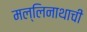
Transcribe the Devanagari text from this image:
मल्लिनाथाची